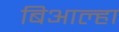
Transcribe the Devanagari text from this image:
बिआल्हा